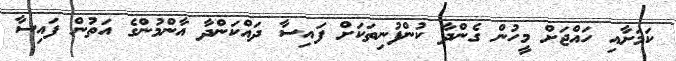
ކަމަށާއި ހައްޖަށް މީހުން ގެންދާ ކުންފުނިތަކަށް ފައިސާ ދައްކަންދާ އާންމުންގެ އަތުން ފައިސާ